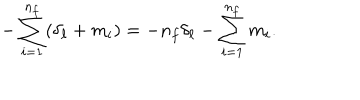
LaTeX: - \sum _ { i = 1 } ^ { n _ { f } } ( \delta _ { \ell } + m _ { i } ) = - n _ { f } \delta _ { \ell } - \sum _ { i = 1 } ^ { n _ { f } } m _ { i } .